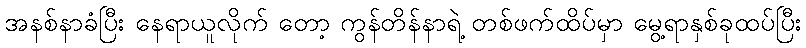
အနစ်နာခံပြီး နေရာယူလိုက် တော့ ကွန်တိန်နာရဲ့ တစ်ဖက်ထိပ်မှာ မွေ့ရာနှစ်ခုထပ်ပြီး